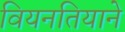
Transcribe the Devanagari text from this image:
वियनतियाने